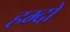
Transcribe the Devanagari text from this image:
हम्दो